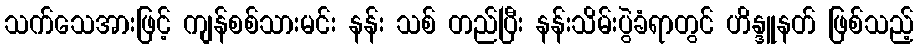
သက်သေအားဖြင့် ကျန်စစ်သားမင်း နန်း သစ် တည်ပြီး နန်းသိမ်းပွဲခံရာတွင် ဟိန္ဒူနတ် ဖြစ်သည့်